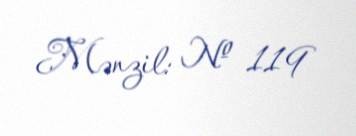
Mənzil: № 119